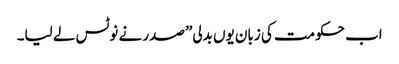
اب حکومت کی زبان یوں بدلی” صدر نے نوٹس لے لیا۔